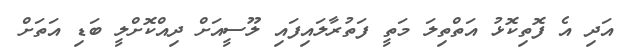
އަދި އެ ފޮތިކޮޅު އަތްތިލަ މަތީ ފަތުރާލައިފައި ލޫސީއަށް ދިއްކޮށްލީ ބަޑި އަތަށް